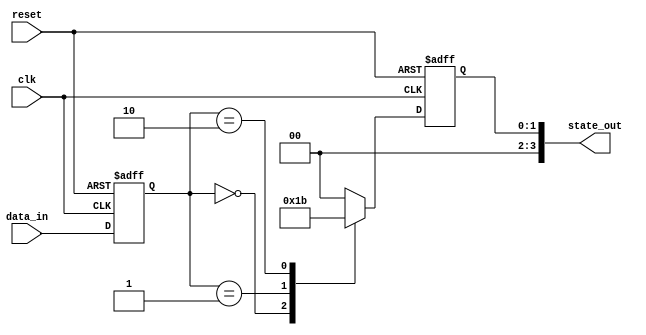
module edge_sensitive_block (
    input wire clk,          // Clock signal
    input wire reset,        // Asynchronous reset signal
    input wire [3:0] data_in, // Input data
    output reg [3:0] state_out // Output state
);

// State declaration
reg [3:0] current_state;

// Initialization on power-up
initial begin
    current_state = 4'b0000; // Initial state
    state_out = 4'b0000;      // Initial output
end

// Always block sensitive to the negative edge of the clock
always @(negedge clk or posedge reset) begin
    if (reset) begin
        // Reset condition
        current_state <= 4'b0000; // Reset state
        state_out <= 4'b0000;      // Reset output
    end else begin
        // State transition logic
        current_state <= data_in; // Update state based on input data

        // Output logic based on current state
        case (current_state)
            4'b0000: state_out <= 4'b0001; // Example transition
            4'b0001: state_out <= 4'b0010; // Example transition
            4'b0010: state_out <= 4'b0011; // Example transition
            4'b0011: state_out <= 4'b0000; // Example transition
            default: state_out <= 4'b0000; // Default case
        endcase
    end
end

endmodule